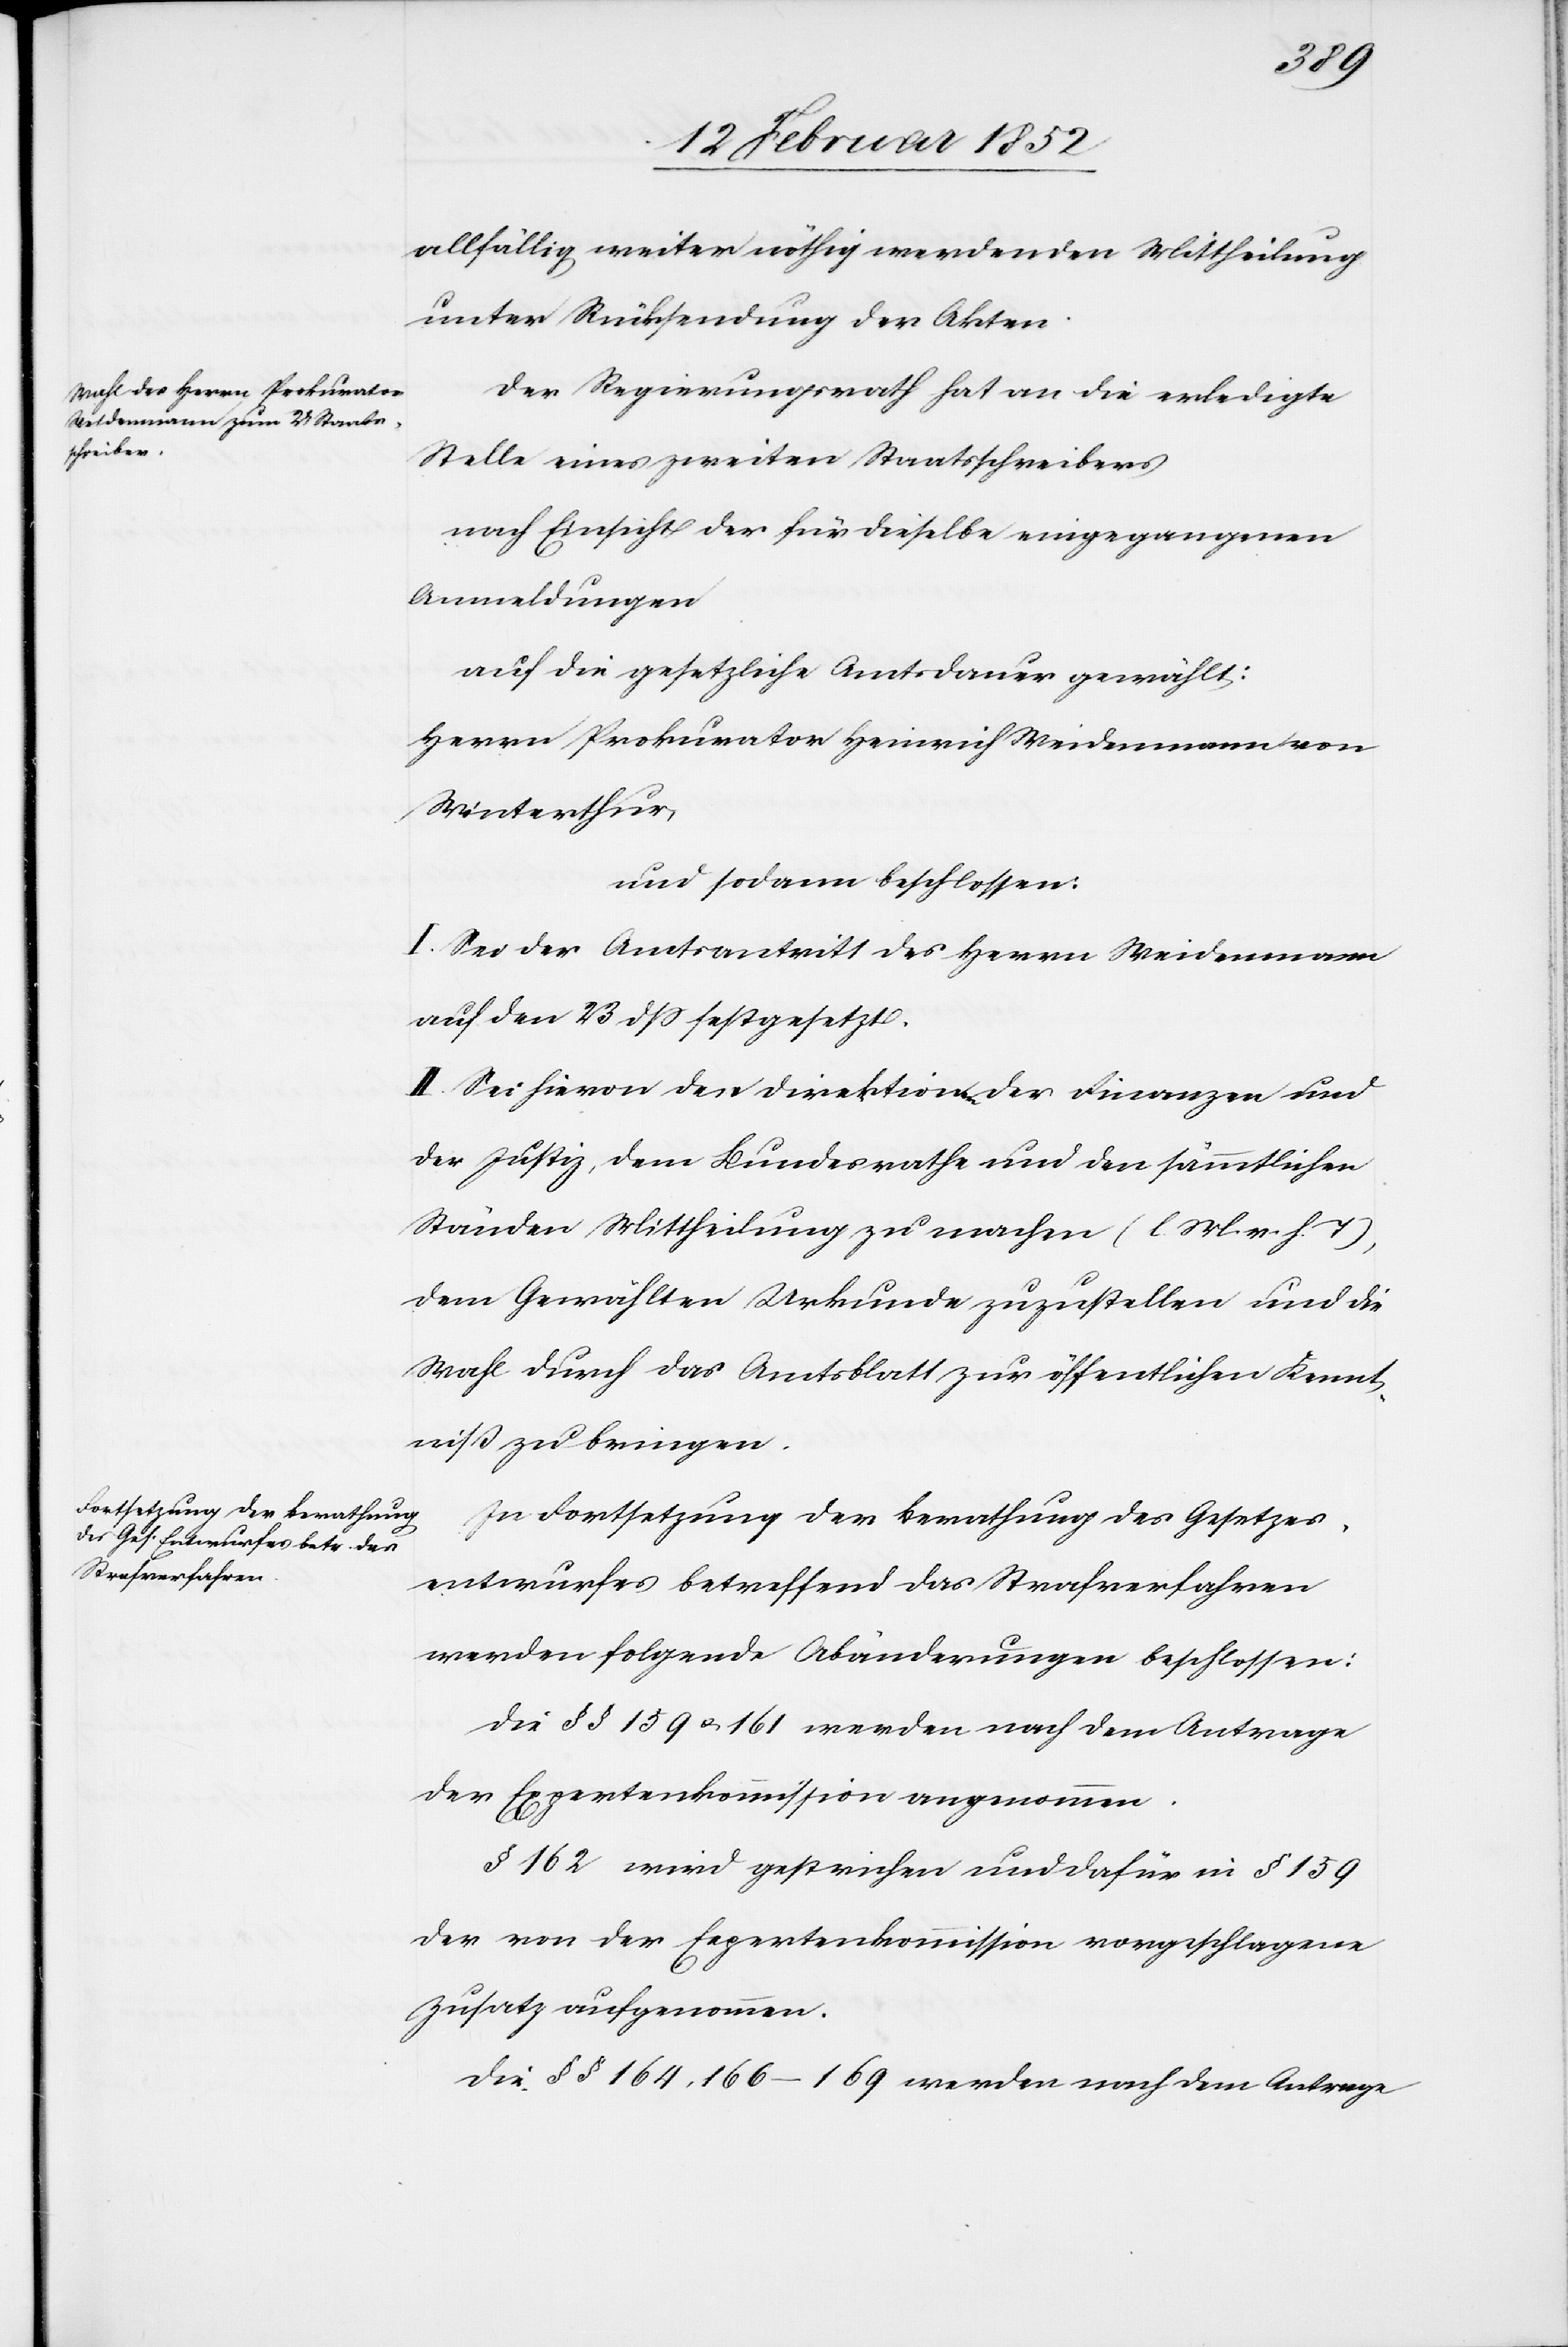
allfällig weiter nöthig werdenden Mittheilung
unter Rücksendung der Akten.
Der Regierungsrath hat an die erledigte
Stelle eines zweiten Staatsschreibers
nach Einsicht der für dieselbe eingegangenen
Anmeldungen
auf die gesetzliche Amtsdauer gewählt:
Herrn Prokurator Heinrich Weidenmann von
Winterthur,
und sodann beschlossen:
I. Sei der Amtsantritt des Herrn Weidenmann
auf den 23 dß festgesetzt.
II. Sei hievon der Direktion der Finanzen und
der Justiz, dem Bundesrathe und den sämmtlichen
Ständen Mittheilung zu machen ((l. M. v. h. T),
dem Gewählten Urkunde zuzustellen und die
Wahl durch das Amtsblatt zur öffentlichen Kennt¬
niß zu bringen.
In Fortsetzung der Berathung des Gesetzes¬
entwurfes betreffend das Strafverfahren
werden folgende Abänderungen beschlossen:
Die §§ 159 u. 161 werden nach dem Antrage
der Expertenkommission angenommen.
§ 162 wird gestrichen und dafür in § 159
der von der Expertenkommission vorgeschlagene
Zusatz aufgenommen.
Die §§ 164, 166–169 werden nach dem Antrage